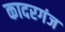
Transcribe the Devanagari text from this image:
कादरगंज